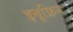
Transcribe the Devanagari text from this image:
इबूफ्रिन